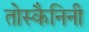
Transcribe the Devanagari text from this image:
तोस्कैनिनी